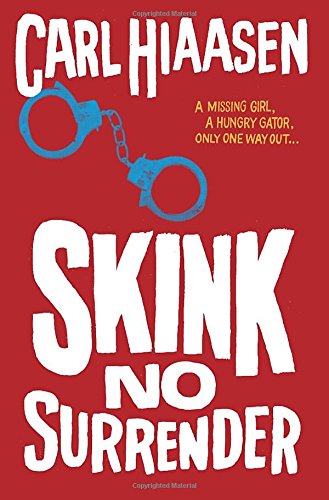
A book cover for Skink--No Surrender; Carl Hiaasen; Teen & Young Adult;